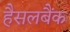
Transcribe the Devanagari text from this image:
हैसलबैंक